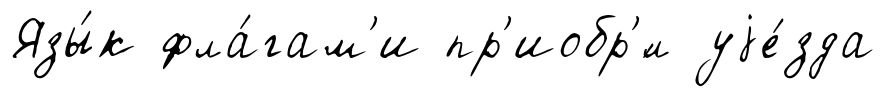
Язы́к фла́гам'и пр'иобр'́л уjе́зда